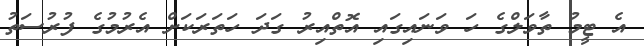
އެ ޓީމު ތާވަލްގެ ހަ ވަނައިގައި އޮތްއިރު ގަދަ ހަތަރަކަށް އެރުމުގެ ފުރުސަތު